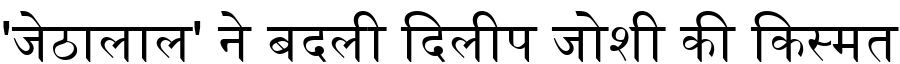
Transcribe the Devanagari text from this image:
'जेठालाल' ने बदली दिलीप जोशी की किस्मत